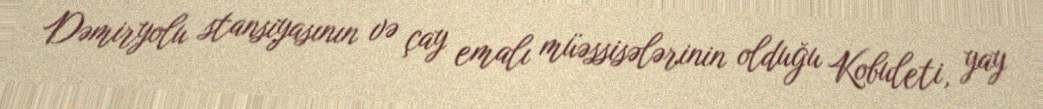
Dəmiryolu stansiyasının və çay emalı müəssisələrinin olduğu Kobuleti, yay